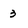
Character: 3